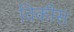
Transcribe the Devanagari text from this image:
विकीस